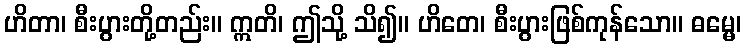
ဟိတာ၊ စီးပွားတို့တည်း။ ဣတိ၊ ဤသို့ သိ၍။ ဟိတေ၊ စီးပွားဖြစ်ကုန်သော။ ဓမ္မေ၊